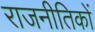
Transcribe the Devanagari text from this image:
राजनीतिकों